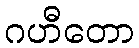
ဂဟီတော